Scottish Leaving Certificate Examination, 1957
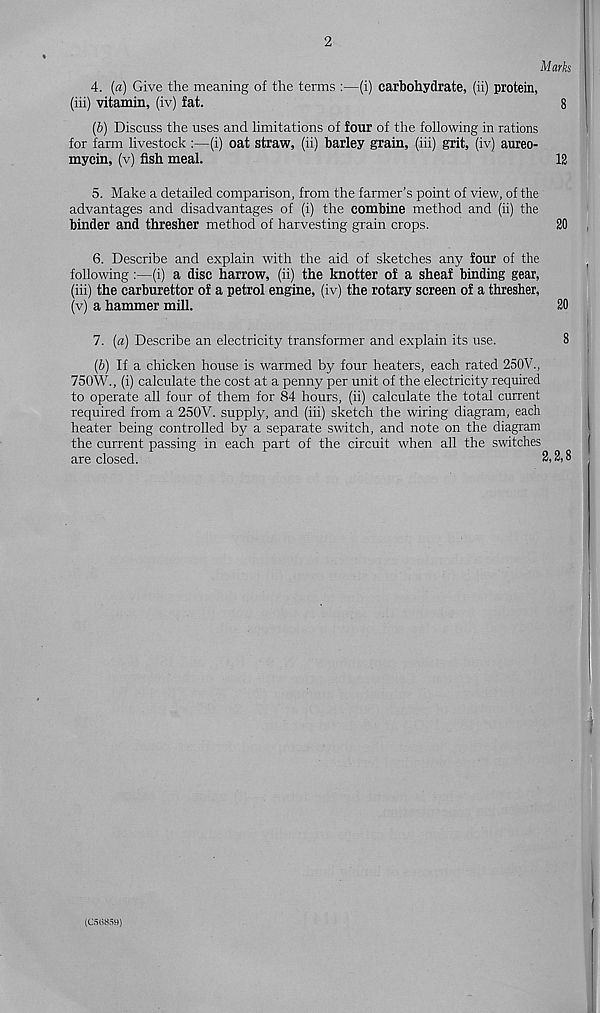
2
Marks
4. (a) Give the meaning of the terms :—(i) carbohydrate, (ii) protein,
(iii) vitamin, (iv) fat.
8
(5) Discuss the uses and limitations of four of the following in rations
for farm livestock :—(i) oat straw, (ii) barley grain, (iii) grit, (iv) aureo-
mycin, (v) fish meal.
12
5. Make a detailed comparison, from the farmer’s point of view, of the
advantages and disadvantages of (i) the combine method and (ii) the
binder and thresher method of harvesting grain crops.
20
6. Describe and explain with the aid of sketches any four of the
following:—(i) a disc harrow, (ii) the knotter of a sheaf binding gear,
(iii) the carburettor of a petrol engine, (iv) the rotary screen of a thresher,
(v) a hammer mill.
20
7. («) Describe an electricity transformer and explain its use.
8
(b) If a chicken house is warmed by four heaters, each rated 250V.,
750W., (i) calculate the cost at a penny per unit of the electricity required
to operate all four of them for 84 hours, (ii) calculate the total current
required from a 250V. supply, and (iii) sketch the wiring diagram, each
heater being controlled by a separate switch, and note on the diagram
the current passing in each part of the circuit when all the switches
are closed.
2,2,8
WB85H)